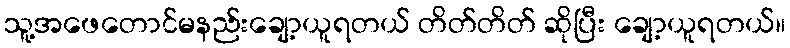
သူ့အဖေတောင်မနည်းချော့ယူရတယ် တိတ်တိတ် ဆိုပြီး ချော့ယူရတယ်။